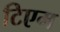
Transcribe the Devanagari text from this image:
टिएम